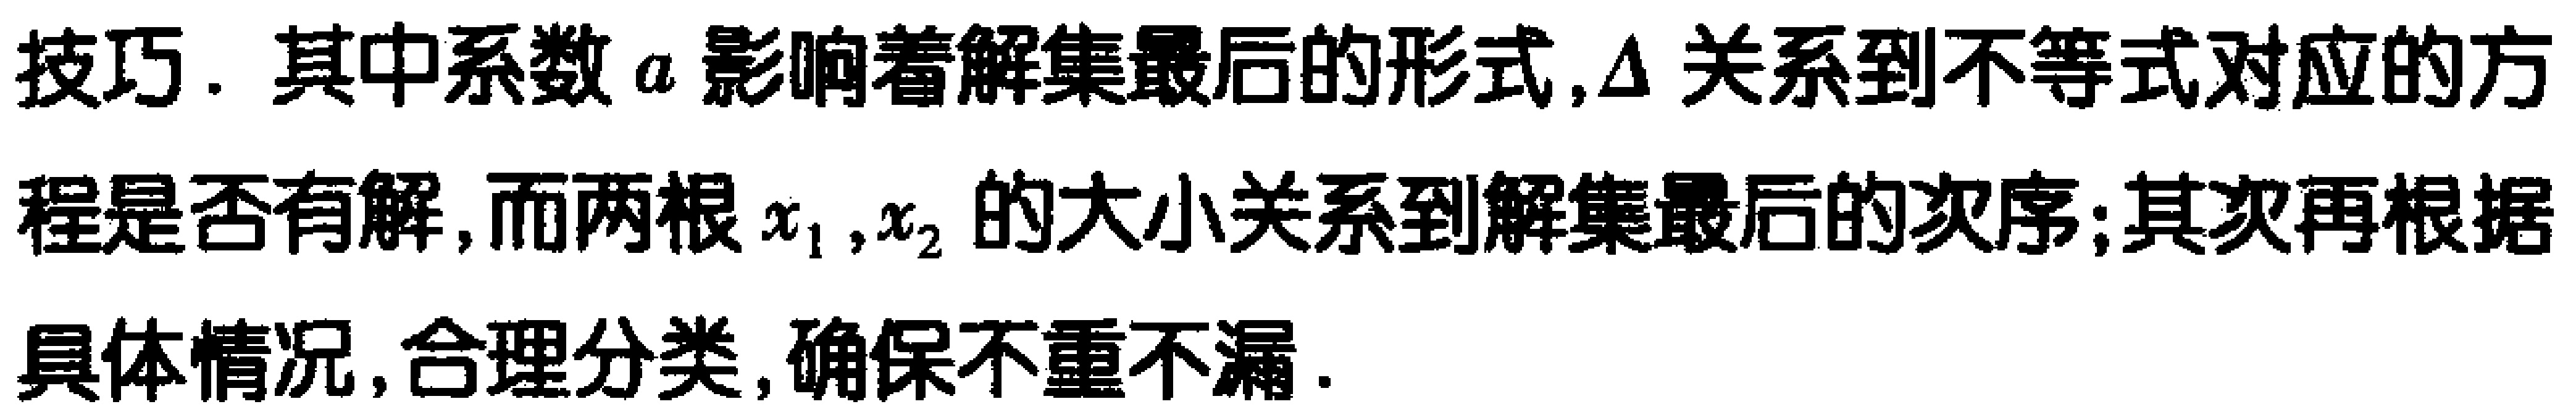
技巧. 其中系数\(a\)影响着解集最后的形式, \(\Delta\)关系到不等式对应的方程是否有解, 而两根\(x_1,x_2\)的大小关系到解集最后的次序; 其次再根据具体情况, 合理分类, 确保不重不漏.